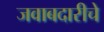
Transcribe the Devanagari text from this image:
जवाबदारीचे